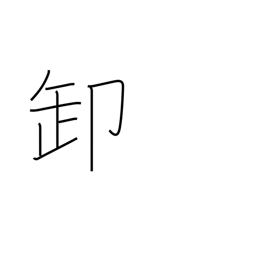
Meaning: wholesale